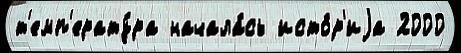
т'емп'ерату́ра начала́сь исто́р'иjа 2000